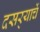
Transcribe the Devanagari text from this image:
दसर्‍याचें